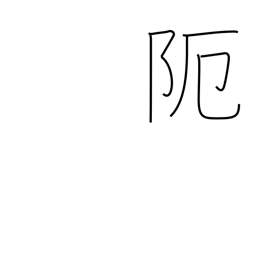
Meaning: narrow